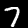
Digit: 7